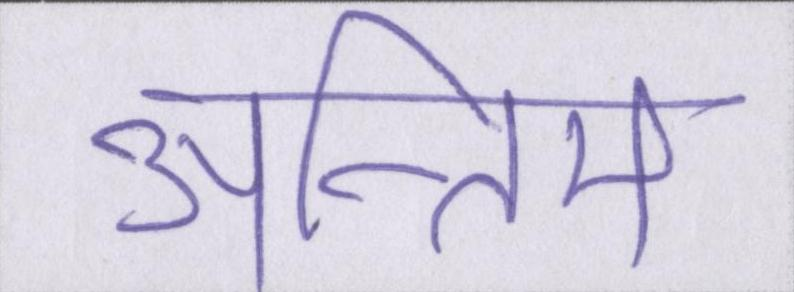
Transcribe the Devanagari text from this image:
अन्तिम